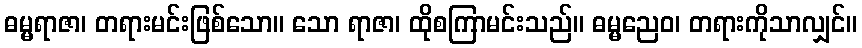
ဓမ္မရာဇာ၊ တရားမင်းဖြစ်သော။ သော ရာဇာ၊ ထိုစကြာမင်းသည်။ ဓမ္မညေဝ၊ တရားကိုသာလျှင်။